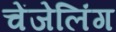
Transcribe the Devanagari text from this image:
चेंजेलिंग